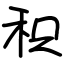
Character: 积